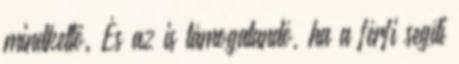
mindkettő. És az is támogatandó, ha a férfi segíti